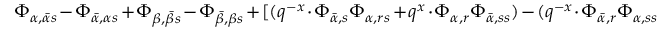
\Phi _ { \alpha , \bar { \alpha } s } - \Phi _ { \bar { \alpha } , \alpha s } + \Phi _ { \beta , \bar { \beta } s } - \Phi _ { \bar { \beta } , \beta s } + [ ( q ^ { - x } \cdot \Phi _ { \bar { \alpha } , s } \Phi _ { \alpha , r s } + q ^ { x } \cdot \Phi _ { \alpha , r } \Phi _ { \bar { \alpha } , s s } ) - ( q ^ { - x } \cdot \Phi _ { \bar { \alpha } , r } \Phi _ { \alpha , s s }